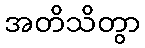
အတိသိတွာ